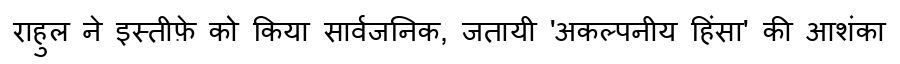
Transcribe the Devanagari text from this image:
राहुल ने इस्तीफ़े को किया सार्वजनिक, जतायी 'अकल्पनीय हिंसा' की आशंका